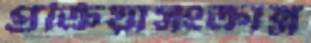
প্রক্রিয়াসংক্রান্ত